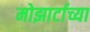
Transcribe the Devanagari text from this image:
मोझार्टाच्या